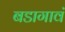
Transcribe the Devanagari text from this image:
बडागावं